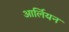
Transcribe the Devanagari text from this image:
आर्लियन